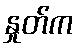
နှုတ်က